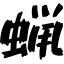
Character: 蝋